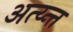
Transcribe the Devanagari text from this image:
अत्य्न्त